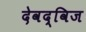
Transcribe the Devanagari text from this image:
देवद्विज